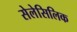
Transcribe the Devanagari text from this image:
सेलेसिलिक